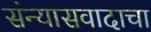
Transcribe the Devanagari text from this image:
संन्यासवादाचा